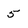
Character: 5